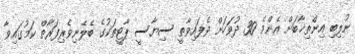
ނުލިބި އިންތިޚާބަށް އެންމެ 30 ދުވަހަށް ވެފައިވާތީ ސިޔާސީ ޕާޓީތަކުގެ ބެލެނިވެރިފަރާތް ކަމުގައިވާ